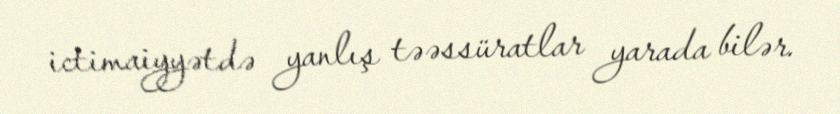
ictimaiyyətdə yanlış təəssüratlar yarada bilər.